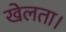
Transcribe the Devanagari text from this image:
खेलता।